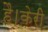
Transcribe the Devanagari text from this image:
है।केरी